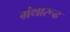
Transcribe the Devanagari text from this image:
ग्रंथारूढ